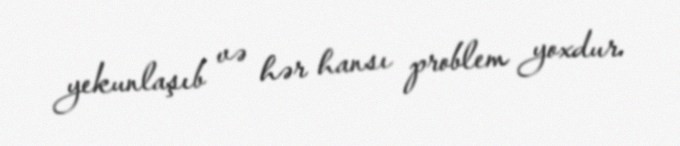
yekunlaşıb və hər hansı problem yoxdur.